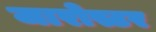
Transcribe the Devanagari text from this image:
जारोस्टर